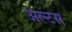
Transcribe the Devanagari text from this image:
अल्टस